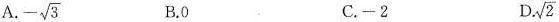
A - \sqrt{3} B.0 C.-2 D \sqrt{2}